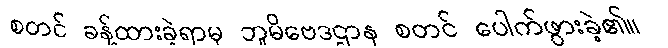
စတင် ခန့်ထားခဲ့ရာမှ ဘူမိဗေဒဌာန စတင် ပေါက်ဖွားခဲ့၏။